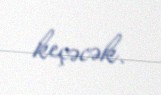
keçəcək.